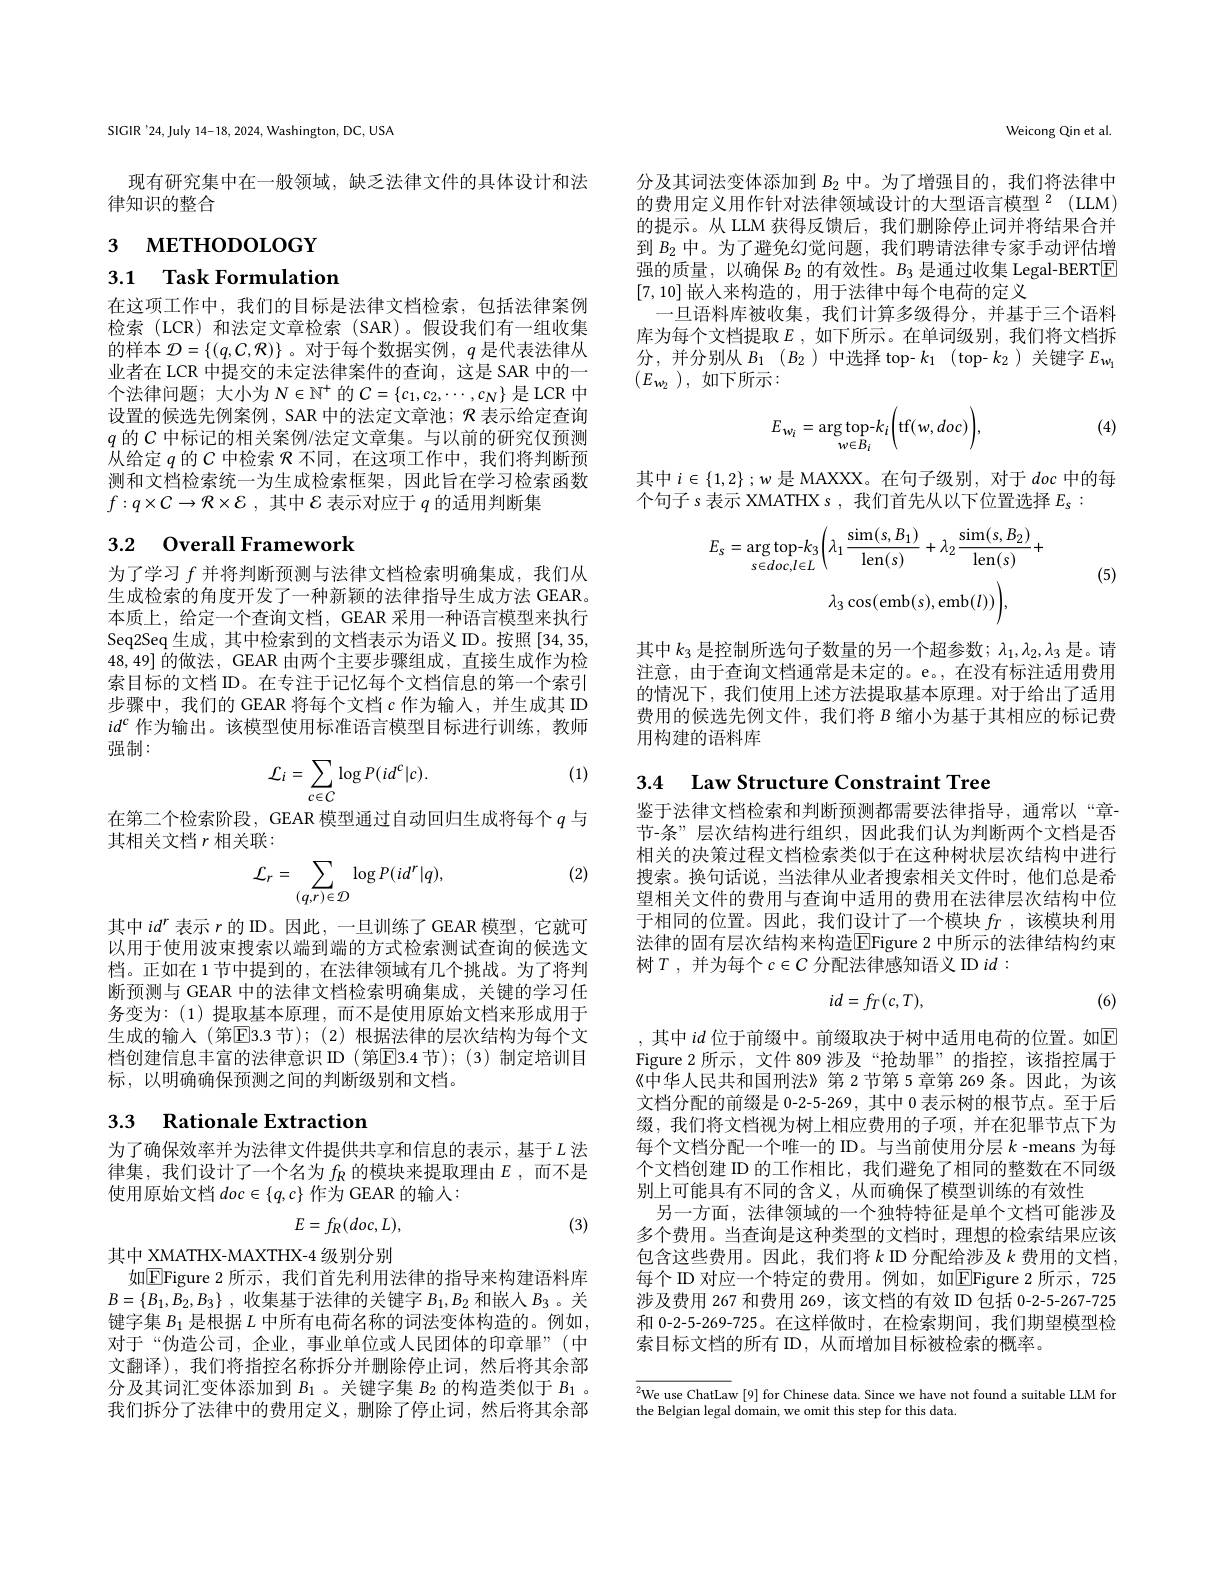
SIGIR'24,July 14-18, 2024, Washington, DC, USA

现有研究集中在一般领域，缺乏法律文件的具体设计和法
律知识的整合

3 мЕТНОроLOGY

# 3.1 Task Formulation

在这项工作中，我们的目标是法律文档检索，包括法律案例检索 (LCR)和法定文章检索 (SAR)。假设我们有一组收集的样本$\mathcal{D}=\{(q,\mathcal{C},\mathcal{R})\}$ 。对于每个数据实例$,q$是代表法律从业者在 LCR 中提交的未定法律案件的查询，这是 SAR 中的一个法律问题；大小为$N\in\mathbb{N}^+$的$C=\{c_1,c_2,\cdots,c_N\}$是 LCR 中设置的候选先例案例，SAR 中的法定文章池；$\mathcal{R}$表示给定查询$q$的$C$中标记的相关案例/法定文章集。与以前的研究仅预测从给定$q$的$C$中检索$\mathcal{R}$不同，在这项工作中，我们将判断预测和文档检索统一为生成检索框架，因此旨在学习检索函数$f: q\times C\to \mathcal{R} \times \mathcal{E}$ ,其中$\mathcal{E}$表示对应于$q$的适用判断集

# 3.2 Overall Framework

为了学习$f$并将判断预测与法律文档检索明确集成，我们从生成检索的角度开发了一种新颖的法律指导生成方法 GEAR。本质上，给定一个查询文档，GEAR 采用一种语言模型来执行Seq2Seq 生成，其中检索到的文档表示为语义 ID。按照[34,35, 48,49]的做法 , GEAR 由两个主要步骤组成 ,直接生成作为检索目标的文档 ID。在专注于记忆每个文档信息的第一个索引步骤中，我们的 GEAR 将每个文档$c$作为输入，并生成其 ID $id^c$作为输出。该模型使用标准语言模型目标进行训练，教师强制：

(1)
$$\mathcal{L}_{i}=\sum_{c\in C}\log P(id^{c}|c).$$
在第二个检索阶段，GEAR 模型通过自动回归生成将每个$q$与
其相关文档 $r$ 相关联：

(2)
$$\mathcal{L}_{r}=\sum_{(q,r)\in\mathcal{D}}\log P(id^{r}|q),$$
其中$id^r$表示$r$的 ID。因此，一旦训练了 GEAR 模型，它就可以用于使用波束搜索以端到端的方式检索测试查询的候选文档。正如在 1 节中提到的，在法律领域有几个挑战。为了将判断预测与 GEAR 中的法律文档检索明确集成，关键的学习任务变为：(1)提取基本原理，而不是使用原始文档来形成用于生成的输入 (第$\boxed{\mathrm{E}}3.3$ 节); (2) 根据法律的层次结构为每个文档创建信息丰富的法律意识 ID (第$\boxed{\mathrm{E}}3.4$ 节);(3)制定培训目标，以明确确保预测之间的判断级别和文档。

## 3.3 Rationale Extraction

为了确保效率并为法律文件提供共享和信息的表示，基于$L$ 法律集，我们设计了一个名为$f_R$的模块来提取理由$E$,而不是使用原始文档 $doc\in\{q,c\}$ 作为 GEAR 的输入：
$$E=f_R(doc,L),$$
(3)

其中 XMATHX-MAXTHX-4 级别分别
如$\boxed{\mathrm{E}}$Figure 2 所示，我们首先利用法律的指导来构建语料库$B= \{ B_1, B_2, B_3\}$ ,收集基于法律的关键字$B_1,B_2$和嵌人$B_3$ 。关键字集$B_1$是根据$L$中所有电荷名称的词法变体构造的。例如， 对于“伪造公司，企业，事业单位或人民团体的印章罪”(中文翻译),我们将指控名称拆分并删除停止词，然后将其余部分及其词汇变体添加到$B_1$ 。关键字集$B_2$的构造类似于$B_1$ 。我们拆分了法律中的费用定义，删除了停止词，然后将其余部

Weicong Qin et al.

分及其词法变体添加到$B_{2}$中。为了增强目的，我们将法律中的费用定义用作针对法律领域设计的大型语言模型$^{2}($LLM)

的提示。从 LLM 获得反馈后，我们删除停止词并将结果合并到$B_{2}$中。为了避免幻觉问题，我们聘请法律专家手动评估增强的质量，以确保$B_2$的有效性。$B_3$是通过收集 Legal-BERT$\boxed{\mathrm{F}}$ [7,10] 嵌入来构造的，用于法律中每个电荷的定义
一旦语料库被收集，我们计算多级得分，并基于三个语料库为每个文档提取$E$,如下所示。在单词级别，我们将文档拆分，并分别从$B_1$ $( B_2)$中选择 top- $k_1$ (top-$k_2$ )关键字$E_{w_1}$ $(E_{w_2})$,如下所示：

(4)
$$E_{w_i}=\underset{w\in B_i}{\arg\text{top-}}k_i\biggl(\mathrm{tf}(w,doc)\biggr),$$
其中$i\in\{1,2\};w$是 MAXXX。在句子级别，对于doc中的每
个句子 s 表示 XMATHX s , 我们首先从以下位置选择$E_{s}:$
$$E_{s}=\arg\mathrm{top-}k_{3}\biggl(\lambda_{1}\:\frac{\sin(s,B_{1})}{\ln(s)}+\lambda_{2}\:\frac{\sin(s,B_{2})}{\mathrm{len}(s)}+\\\lambda_{3}\cos(\mathrm{emb}(s),\mathrm{emb}(l))\biggr),$$
(5)

其中$k_3$是控制所选句子数量的另一个超参数；$\lambda_1,\lambda_2,\lambda_3$是。请注意，由于查询文档通常是未定的。e。,在没有标注适用费用的情况下，我们使用上述方法提取基本原理。对于给出了适用费用的候选先例文件，我们将$B$缩小为基于其相应的标记费用构建的语料库

3.4 Law Structure Constraint Tree

鉴于法律文档检索和判断预测都需要法律指导，通常以“章节-条”层次结构进行组织，因此我们认为判断两个文档是否相关的决策过程文档检索类似于在这种树状层次结构中进行搜索。换句话说，当法律从业者搜索相关文件时，他们总是希望相关文件的费用与查询中适用的费用在法律层次结构中位于相同的位置。因此，我们设计了一个模块$fr$ ,该模块利用法律的固有层次结构来构造$\boxed{\mathrm{E}}$Figure 2 中所示的法律结构约束树$T$,并为每个$c\in C$ 分配法律感知语义 ID $id:$
$$id=f_T(c,T),$$
(6)

,其中$id$位于前缀中。前缀取决于树中适用电荷的位置。如$\overline{\mathrm{E}}$ Figure 2 所示，文件 809 涉及“抢劫罪”的指控，该指控属于《中华人民共和国刑法》第 2节第 5 章第 269 条。因此，为该文档分配的前缀是 0-2-5-269, 其中0表示树的根节点。至于后缀，我们将文档视为树上相应费用的子项，并在犯罪节点下为每个文档分配一个唯一的 ID。与当前使用分层$k$ -means 为每个文档创建 ID 的工作相比，我们避免了相同的整数在不同级别上可能具有不同的含义，从而确保了模型训练的有效性
另一方面，法律领域的一个独特特征是单个文档可能涉及多个费用。当查询是这种类型的文档时，理想的检索结果应该包含这些费用。因此，我们将$k$ ID 分配给涉及$k$ 费用的文档， 每个 ID 对应一个特定的费用。例如，如$\operatorname{\text{EFigure 2 所示}},\operatorname{725}$ 涉及费用 267 和费用 269, 该文档的有效 ID 包括 0-2-5-267-725和 0-2-5-269-725。在这样做时，在检索期间，我们期望模型检索目标文档的所有 ID, 从而增加目标被检索的概率。

${^{2}}$We use ChatLaw [9] for Chinese data. Since we have not found a suitable LLM for
the Belgian legal domain, we omit this step for this data.